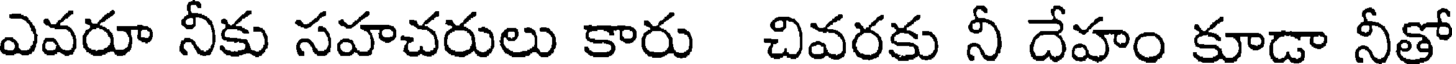
ఎవరూ నీకు సహచరులు కారు చివరకు నీ దేహం కూడా నీతో